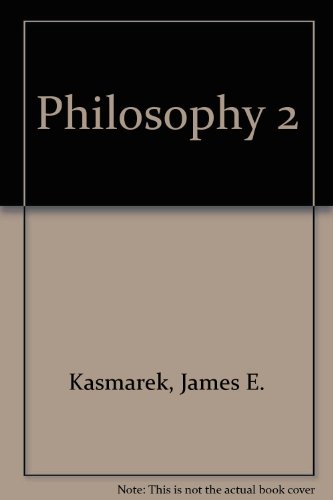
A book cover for Philosophy 2; James E. Kasmarek; Teen & Young Adult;